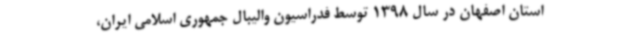
استان اصفهان در سال 1398 توسط فدراسیون والیبال جمهوری اسلامی ایران،